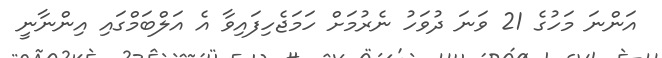
އަންނަ މަހުގެ 21 ވަނަ ދުވަހު ނެރުމަށް ހަމަޖެހިފައިވާ އެ އަލްބަމްގައި އިންނާނީ